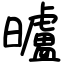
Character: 曥